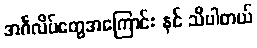
အင်္ဂလိပ်တွေအကြောင်း နင် သိပါတယ်